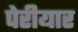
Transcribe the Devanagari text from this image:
पेरीयार